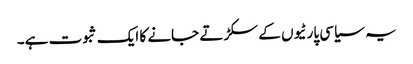
یہ سیاسی پارٹیوں کے سکڑتے جانے کا ایک ثبوت ہے۔